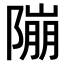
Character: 𨻱